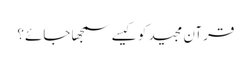
قرآن مجید کو کیسے سمجھا جائے؟